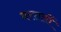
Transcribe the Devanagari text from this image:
नरसलों